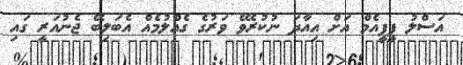
އަސްލު ޕީޕީއެމް އަށް އިއާދަ ނުކުރެވޭ ވަރުގެ ގެއްލުމެއް އެބަލިބޭ ޖެނުއަރީ ގައި